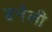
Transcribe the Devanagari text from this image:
हनेली